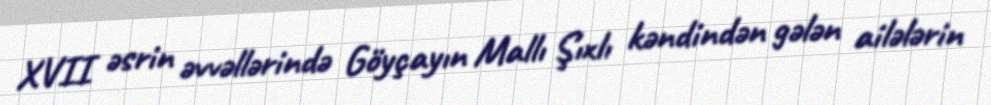
XVII əsrin əvvəllərində Göyçayın Mallı Şıxlı kəndindən gələn ailələrin